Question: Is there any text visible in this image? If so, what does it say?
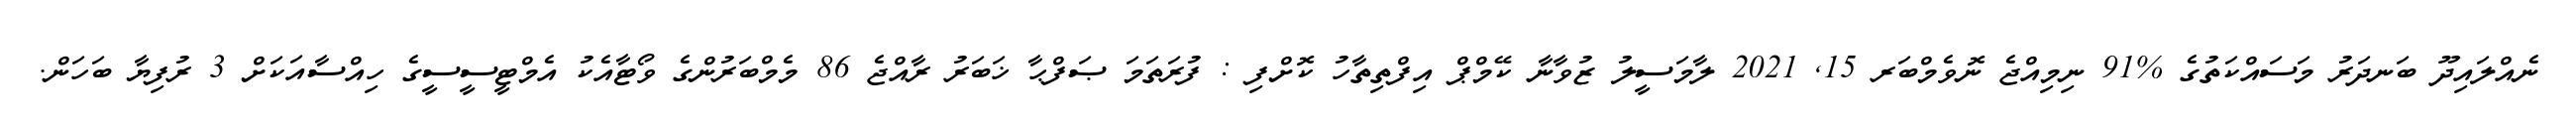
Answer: ނެއްލައިދޫ ބަނދަރު މަސައްކަތުގެ %91 ނިމިއްޖެ ނޮވެމްބަރ 15, 2021 ލާމަސީލު ޒުވާނާ ކޭމްޕް އިފްތިތާހު ކޮށްފި : ފުރަތަމަ ޞަފްޙާ ޚަބަރު ރާއްޖެ 86 މެމްބަރުންގެ ވޯޓާއެކު އެމްޓީސީސީގެ ހިއްސާއަކަށް 3 ރުފިޔާ ބަހަން.